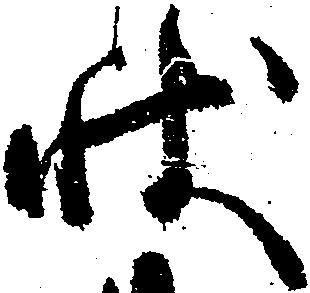
状